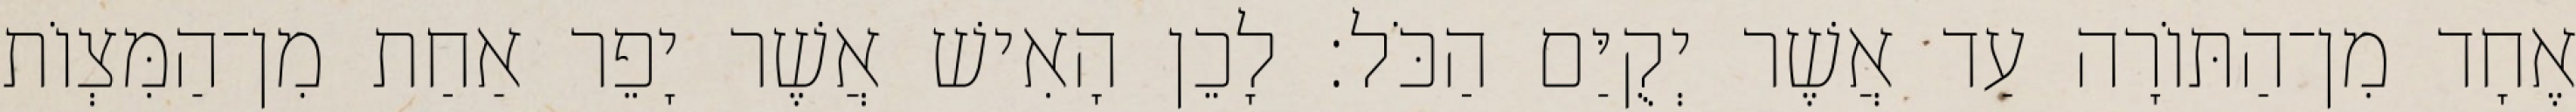
אֶחָד מִן־הַתּוֹרָה עַד אֲשֶׁר יְקֻיַּם הַכֹּל׃ לָכֵן הָאִישׁ אֲשֶׁר יָפֵר אַחַת מִן־הַמִּצְוֹת